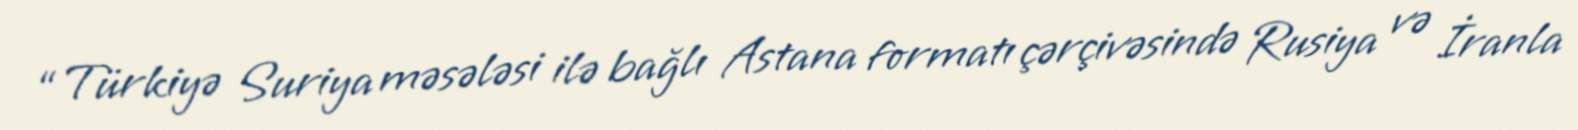
“Türkiyə Suriya məsələsi ilə bağlı Astana formatı çərçivəsində Rusiya və İranla